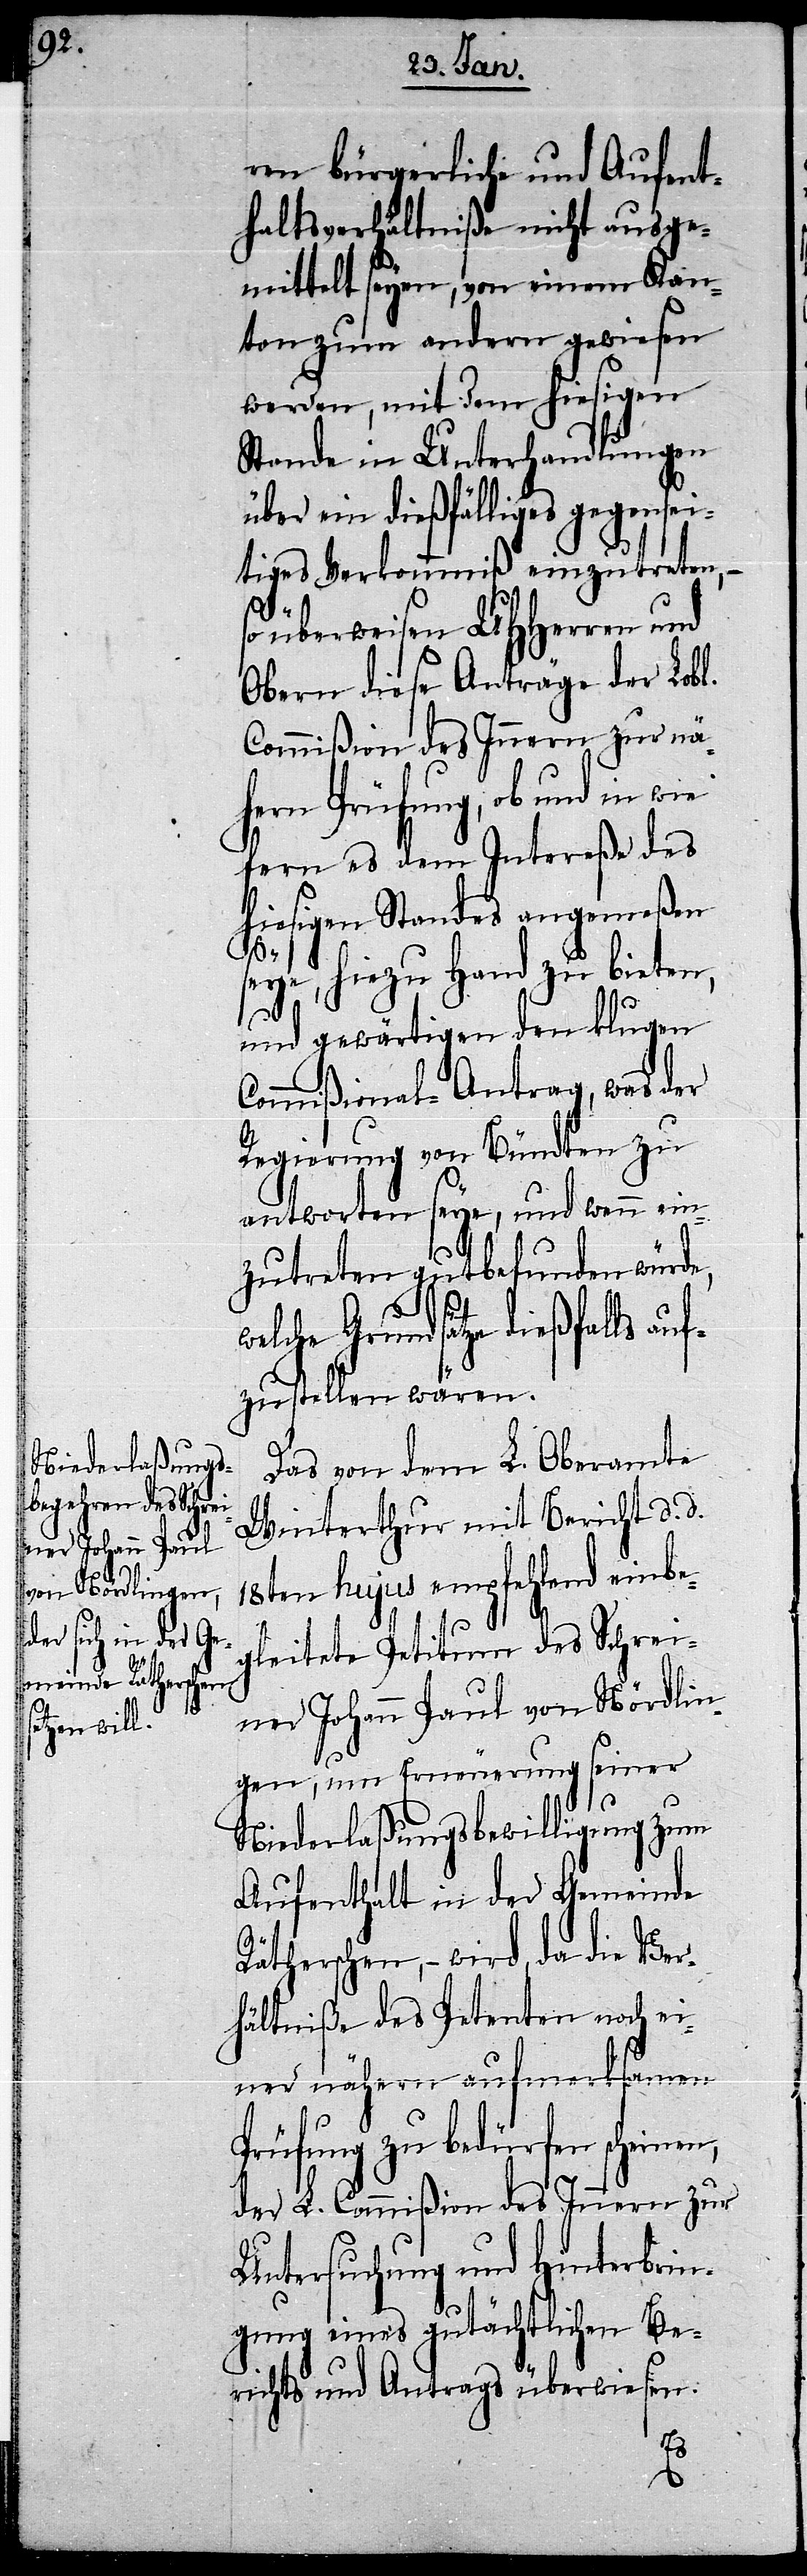
we¬

ren bürgerliche und Aufent¬
haltsverhältniße nicht ausge¬
mittelt seyen, von einem Kan¬
ton zum andern gewiesen
werden, mit dem hiesigen
Stande in Unterhandlungen
über ein dießfälliges gegensei¬
tiges Verkommniß einzutreten,
überweisen UHHerren und
Obern diese Anträge der Lobl.
Commißion des Innern zur nä¬
hern Prüfung, ob und in wie
fern es dem Intereße des
hiesigen Standes angemeßen
seye, hiezu Hand zu bieten,
und gewärtigen den klugen
Commißional-Antrag, was der
Regierung von Bündten zu
antworten seye, und wenn ein¬
zutreten gutbefunden würde,
lche Grundsätze dießfalls auf¬
zustellen wären.
Das von dem L. Oberamte
Winterthur mit Bericht d. d.
18ten hujus empfehlend einbe¬
gleitete Petitum des Schrei¬
ner Johann Paul von Nördlin¬
gen, um Erneuerung seiner
Niederlaßungsbewilligung zum
Aufenthalt in der Gemeinde
Rätherschen, – wird, da die Ver¬
hältniße des Petenten noch ei¬
ner nähern aufmerksamen
Prüfung zu bedürfen scheinen,
der L. Commißion des Innern zur
Untersuchung und Hinterbrin¬
gung eines gutächtlichen Be¬
richts und Antrags überwiesen.